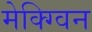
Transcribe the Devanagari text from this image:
मेक्ग्विन